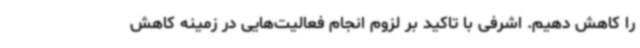
را کاهش دهیم. اشرفی با تاکید بر لزوم انجام فعالیت‌هایی در زمینه کاهش